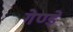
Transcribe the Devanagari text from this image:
गेण्डे